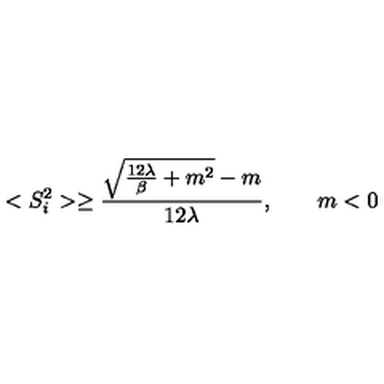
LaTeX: < S _ { i } ^ { 2 } > \ge \frac { { \sqrt { \frac { 1 2 \lambda } { \beta } + m ^ { 2 } } } - m } { 1 2 \lambda } , \qquad m < 0